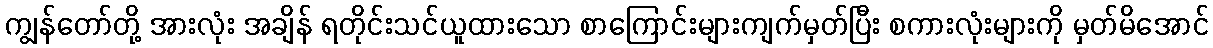
ကျွန်တော်တို့ အားလုံး အချိန် ရတိုင်းသင်ယူထားသော စာကြောင်းများကျက်မှတ်ပြီး စကားလုံးများကို မှတ်မိအောင်